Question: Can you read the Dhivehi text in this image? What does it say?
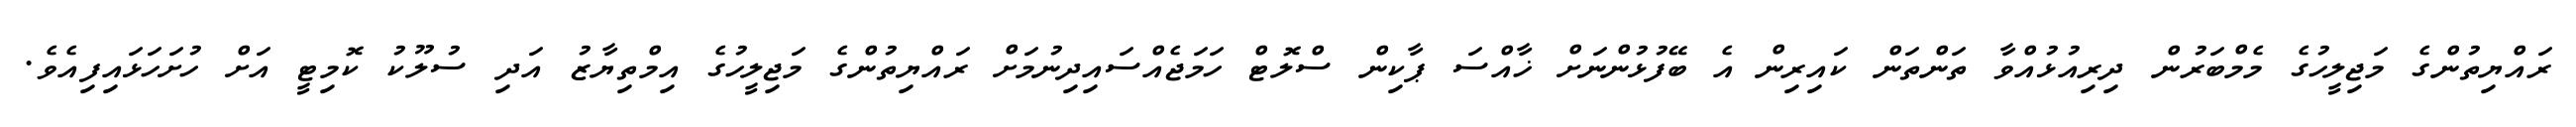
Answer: ރައްޔިތުންގެ މަޖިލީހުގެ މެމްބަރުން ދިރިއުޅުއްވާ ތަންތަން ކައިރިން އެ ބޭފުޅުންނަށް ޚާއްސަ ޕާކިން ސްލޮޓް ހަމަޖެއްސައިދިނުމަށް ރައްޔިތުންގެ މަޖިލީހުގެ އިމްތިޔާޒު އަދި ސުލޫކު ކޮމިޓީ އަށް ހުށަހަޅައިފިއެވެ.